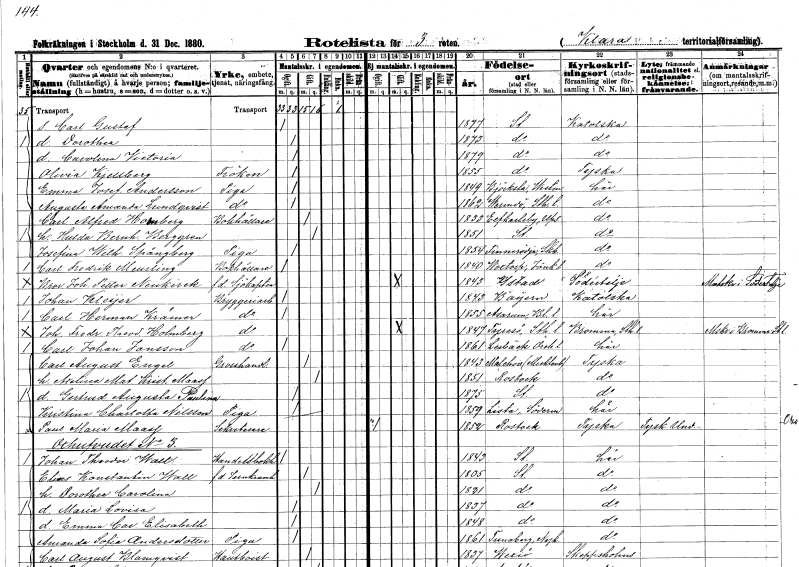
gt_parse: households: individuals: FN: Carl Gustaf
KON: M
CIV: O
FODAR: 1877
FODFORS: Stockholm
FN: Dorothea
KON: K
CIV: O
FODAR: 1873
FODFORS: Stockholm
FN: Carolina Victoria
KON: K
CIV: O
FODAR: 1879
FODFORS: Stockholm
FN: Olivia
EN: Kjellberg
KON: K
CIV: O
FODAR: 1855
FODFORS: Stockholm
FN: Emma Josefina
EN: Andersson
YRKE: Piga
KON: K
CIV: O
FODAR: 1849
FODFORS: Björksta Västmanlands län
FN: Augusta Amanda
EN: Lundqvist
YRKE: Piga
KON: K
CIV: O
FODAR: 1862
FODFORS: Värmdö Stockholms län
FN: Carl Alfred
EN: Holmberg
YRKE: Bokhållare
KON: M
CIV: G
FODAR: 1833
FODFORS: Älvkarleby Uppsala län
FN: Hulda Bernhardina
EN: Berggren
KON: K
CIV: G
FODAR: 1851
FODFORS: Stockholm
FN: Josefina Wilhelmina
EN: Spångberg
YRKE: Piga
KON: K
CIV: O
FODAR: 1854
FODFORS: Finnerödja Örebro län
FN: Carl Fredrik
EN: Meurling
YRKE: Bokhållare
KON: M
CIV: O
FODAR: 1840
FODFORS: Voxtorp Jönköpings län
FN: Bror Johan Petter
EN: Neukirck
YRKE: Sjökapten f.d.
KON: M
CIV: G
FODAR: 1843
FODFORS: Ystad Malmöhus län
FN: Johan
EN: Kleijer
YRKE: Bryggeriarbetare
KON: M
CIV: O
FODAR: 1843
FN: Carl Herman
EN: Krämer
YRKE: Bryggeriarbetare
KON: M
CIV: O
FODAR: 1855
FODFORS: Asarum Blekinge län
FN: Johan Fredrik Theodor
EN: Holmberg
YRKE: Bryggeriarbetare
KON: M
CIV: G
FODAR: 1847
FODFORS: Tyresö Stockholms län
FN: Carl Johan
EN: Jansson
YRKE: Bryggeriarbetare
KON: M
CIV: O
FODAR: 1861
FODFORS: Lerbäck Örebro län
FN: Carl August
EN: Engel
YRKE: Grosshandlare
KON: M
CIV: G
FODAR: 1843
FN: Axelina Mathilda Kristina
EN: Maasf
KON: K
CIV: G
FODAR: 1851
FN: Gertrud Augusta Paulina
KON: K
CIV: O
FODAR: 1875
FODFORS: Stockholm
FN: Kristina Charlotta
EN: Nilsson
YRKE: Piga
KON: K
CIV: O
FODAR: 1859
FODFORS: Lista Södermanlands län
FN: Paul Maria??
EN: Maasf
YRKE: Sekreterare
KON: M
CIV: O
FODAR: 1852
FN: Johan Theodor
EN: Wall
YRKE: Handelsbokhållare
KON: M
CIV: O
FODAR: 1843
FODFORS: Stockholm
FN: Elias Konstantin
EN: Wall
YRKE: Järnkramhandlare f.d.
KON: M
CIV: G
FODAR: 1805
FODFORS: Stockholm
FN: Dorothea Carolina
KON: K
CIV: G
FODAR: 1821
FODFORS: Stockholm
FN: Maria Lovisa
KON: K
CIV: O
FODAR: 1837
FODFORS: Stockholm
FN: Emma Carolina Elisabeth
KON: K
CIV: O
FODAR: 1848
FODFORS: Stockholm
FN: Amanda Sofia
EN: Andersdotter
YRKE: Piga
KON: K
CIV: O
FODAR: 1861
FODFORS: Tunaberg Södermanlands län
FN: Carl August
EN: Blomqvist
YRKE: Hautboist
KON: M
CIV: G
FODAR: 1837
FODFORS: Växjö Kronobergs län